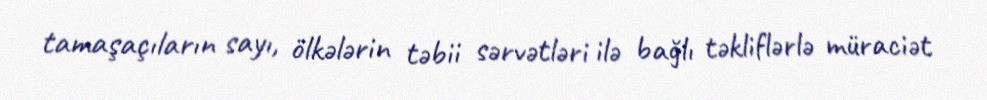
tamaşaçıların sayı, ölkələrin təbii sərvətləri ilə bağlı təkliflərlə müraciət